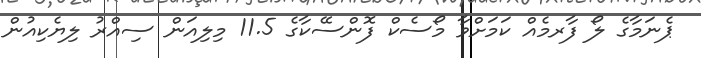
ޕެނަމާގެ ލޯ ފާރމެއް ކަމަށްވާ މޯސެކް ފޮންސޭކާގެ 11.5 މިލިއަން ސިއްރު ލިޔެކިއުން